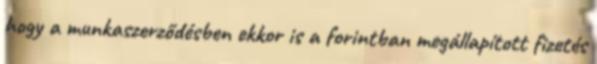
hogy a munkaszerződésben ekkor is a forintban megállapított fizetés